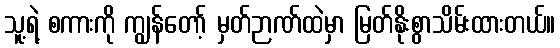
သူ့ရဲ့ စကားကို ကျွန်တော့် မှတ်ဉာဏ်ထဲမှာ မြတ်နိုးစွာသိမ်းထားတယ်။